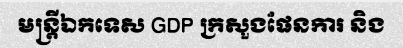
មន្ត្រីឯកទេស GDP ក្រសួងផែនការ និង